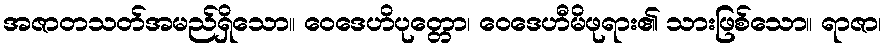
အဇာတသတ်အမည်ရှိသော။ ဝေဒေဟိပုတ္တော၊ ဝေဒေဟီမိဖုရား၏ သားဖြစ်သော။ ရာဇာ၊